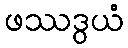
ဖဿဒွယံ